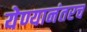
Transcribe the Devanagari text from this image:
येण्यानंतरच